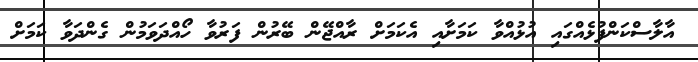
އާލާސްކަންފުޅެއްގައި އުޅުއްވާ ކަމަށާއި އެކަމަށް ރާއްޖޭން ބޭރުން ފަރުވާ ހޯއްދަވަމުން ގެންދަވާ ކަމަށް